Annual report on the health of the army in India
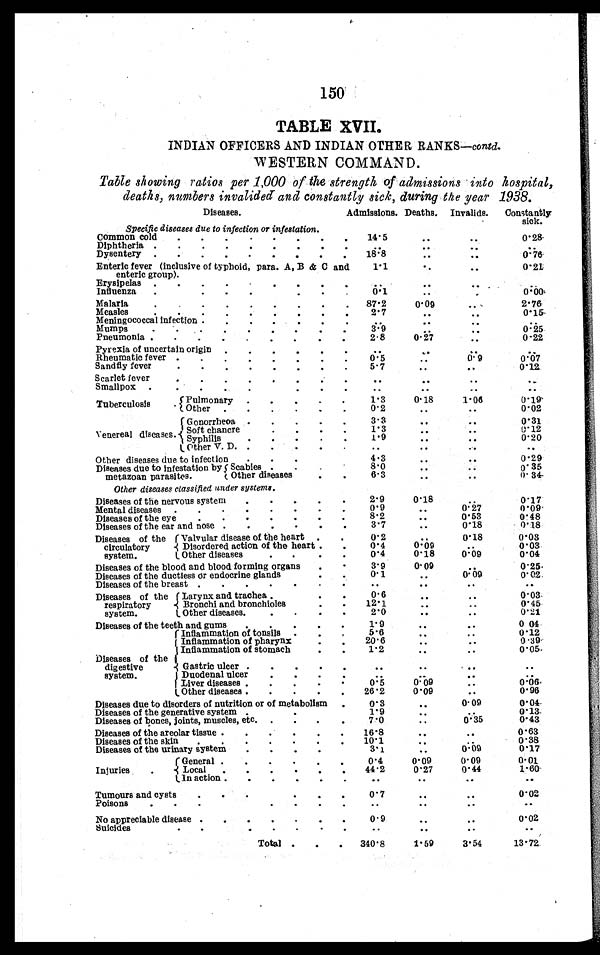
150
TABLE XVII.
INDIAN OFFICERS AND INDIAN OTHER RANKS— contd.
WESTERN COMMAND.
Table showing ratios per 1,000 of the strength of admissions into hospital,
deaths, numbers invalided and constantly sick, during the year 1938.
Diseases.
Admissions. Deaths. Invalids. Constantly sick.
Specific diseases due to infection or infestation.
Common cold . . .
14. 5
. . .
. . .
0.28
Diphtheria . . .
1 8 . 8
. . .
. . . . . .
Dysentery . . .
18.8
. . .
. . .
0 . 7 6
Enteric fever (inclusive of typhoid, para. A, B & C and
enteric group).
1.1
. . .
. . .
0 . 2 1
Erysipelas . . .
. . .
. . .
. . .
. . .
Influenza . . .
0 . 1
. . .
. . .
0 . 0 0
Malaria . . .
8 7 . 2 0. 09
. . .
2.76
Measles . . .
2 . 7
. . .
. . .
0.15
Meningococcal infection . . .
. . .
. . .
. . . . . .
Mumps . . .
3.9
. . .
. . .
0 . 2 5
Pneumonia . . .
2.8
0.27
. . .
0.22
Pyrexia of uncertain origin. . .
. . .
. . .
. . . . . .
e u m a t R h i c f e v e r . . . 0.5
. . .
0 . 9
0 . 0 7
Sandfly fever . . .
5 . 7
. . .
. . .
0.12
Scarlet fever . . .
. . . . . .
. . . . . .
Smallpox . . .
. . .
. . .
. . .
. . .
Tuberculosis.
Pulmonary . . . 1.3
0.18
1.06
0.19
Other . . . 0.2
. . .
. . . 0.02
Venereal diseases.
Gonorrheoa . . . 3 . 3
. . .
. . .
0.31
Soft chancre . . . 1.3
. . .
. . .
0 . 1 2
Syphilis . . . 1.9
. . . . . .
0.20
Other V. D. . . .
. . .
. . .
. . .
. . .
Other diseases due to infection . . .
4.3
. . .
. . .
0.29
Diseases due to infestation by
metazoan parasites.
Scabies . . .
8.0
. . .
. . .
0.35
Other diseases . . .
6.3
. . .
. . .
0 . 3 4
Other diseases classified under systems.
Diseases of the nervous system . . .
2.9
0.18
. . . 0.17
Mental diseases . . .
0.9
. . . 0.27
0.09
Diseases of the eye . . .
8.2
. . . 0.53
0.48
Diseases of the ear and nose . . .
3.7
. . . 0.18
0.18
Diseases of the
circulatory system.
Valvular disease of the heart. . .
0.2
. . . 0.18
0.03
Disordered action of the heart . . . 0.4
0.09
. . . 0.03
Other diseases . . .
0.4
0.18 0.09
0.04
Diseases of the blood and blood forming organs . . .
3.9
0.09
. . . 0.25
Diseases of the ductless or endocrine glands . . .
0.1
. . . 0.09
0.02
Diseases of the breast . . .
. . .
. . .
. . .
. . .
Diseases of the
respiratory system.
Larynx and trachea . . .
0.6
. . .
. . .
0 . 0 3
Bronchi and bronchioles . . .
12. 1
. . .
. . .
0.45
Other diseases . . .
2.0
. . .
. . . 0.21
Diseases of the teeth and gums . . .
1 . 9
. . .
. . . 0.04
Diseases of the
digestive
system.
Inflammation of tonsils . . .
5.6
. . .
. . .
0.12
Inflammation of pharynx . . .
20. 6
. . .
. . . 0.39
Inflammation of stomach . . . 1.2
. . .
. . . 0.05
G a s t r i c u l c e r . . .
. . .
. . .
. . .
. . .
Duodenal ulcer . . .
. . .
. . .
. . .
. . .
Liver diseases . . .
0.5
0.09
. . . 0.06
Other diseases . . .
26.2
0 . 0 9
. . . 0.96
Diseases due to disorders of nutrition or of metabolism . . . 0 . 3
. . . 0.09
0.04
Diseases of the generative system . . .
1 . 9
. . .
. . . 0.13.
Diseases of bones, joints, muscles, etc . . . 7 . 0
. . . 0.35
0.43
Diseases of the areolar tissue . . .
1 6 . 8
. . .
. . . 0.63
Diseases of the skin . . .
10.1
. . .
. . .
0.38
Diseases of the urinary system . . .
3.1 . . .
0.09
0.17
Injuries . . . General . . .
0.4
0.09
0.09
0.01
Local . . .
44.2
0.27
0.44
1.60
In action . . .
. . .
. . .
. . .
. . .
Tumours and cysts . . .
0.7
. . .
. . . 0.02
Poisons . . .
. . .
. . .
. . .
. . .
No appreciable disease . . .
0 . 9
. . .
. . . 0.02
Suicides . . .
. . .
. . .
. . .
. . .
Total . . . 340.8
1.59
3.54
13.72